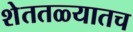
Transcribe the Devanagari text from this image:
शेततळ्यातच